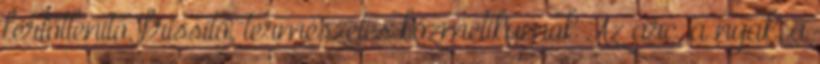
fertőtlenítő, frissítő, természetes kozmetikumok Az arc, a nyak, a